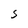
Character: S